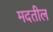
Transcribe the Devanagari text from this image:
मदतील